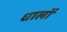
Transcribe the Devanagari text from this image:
धालों